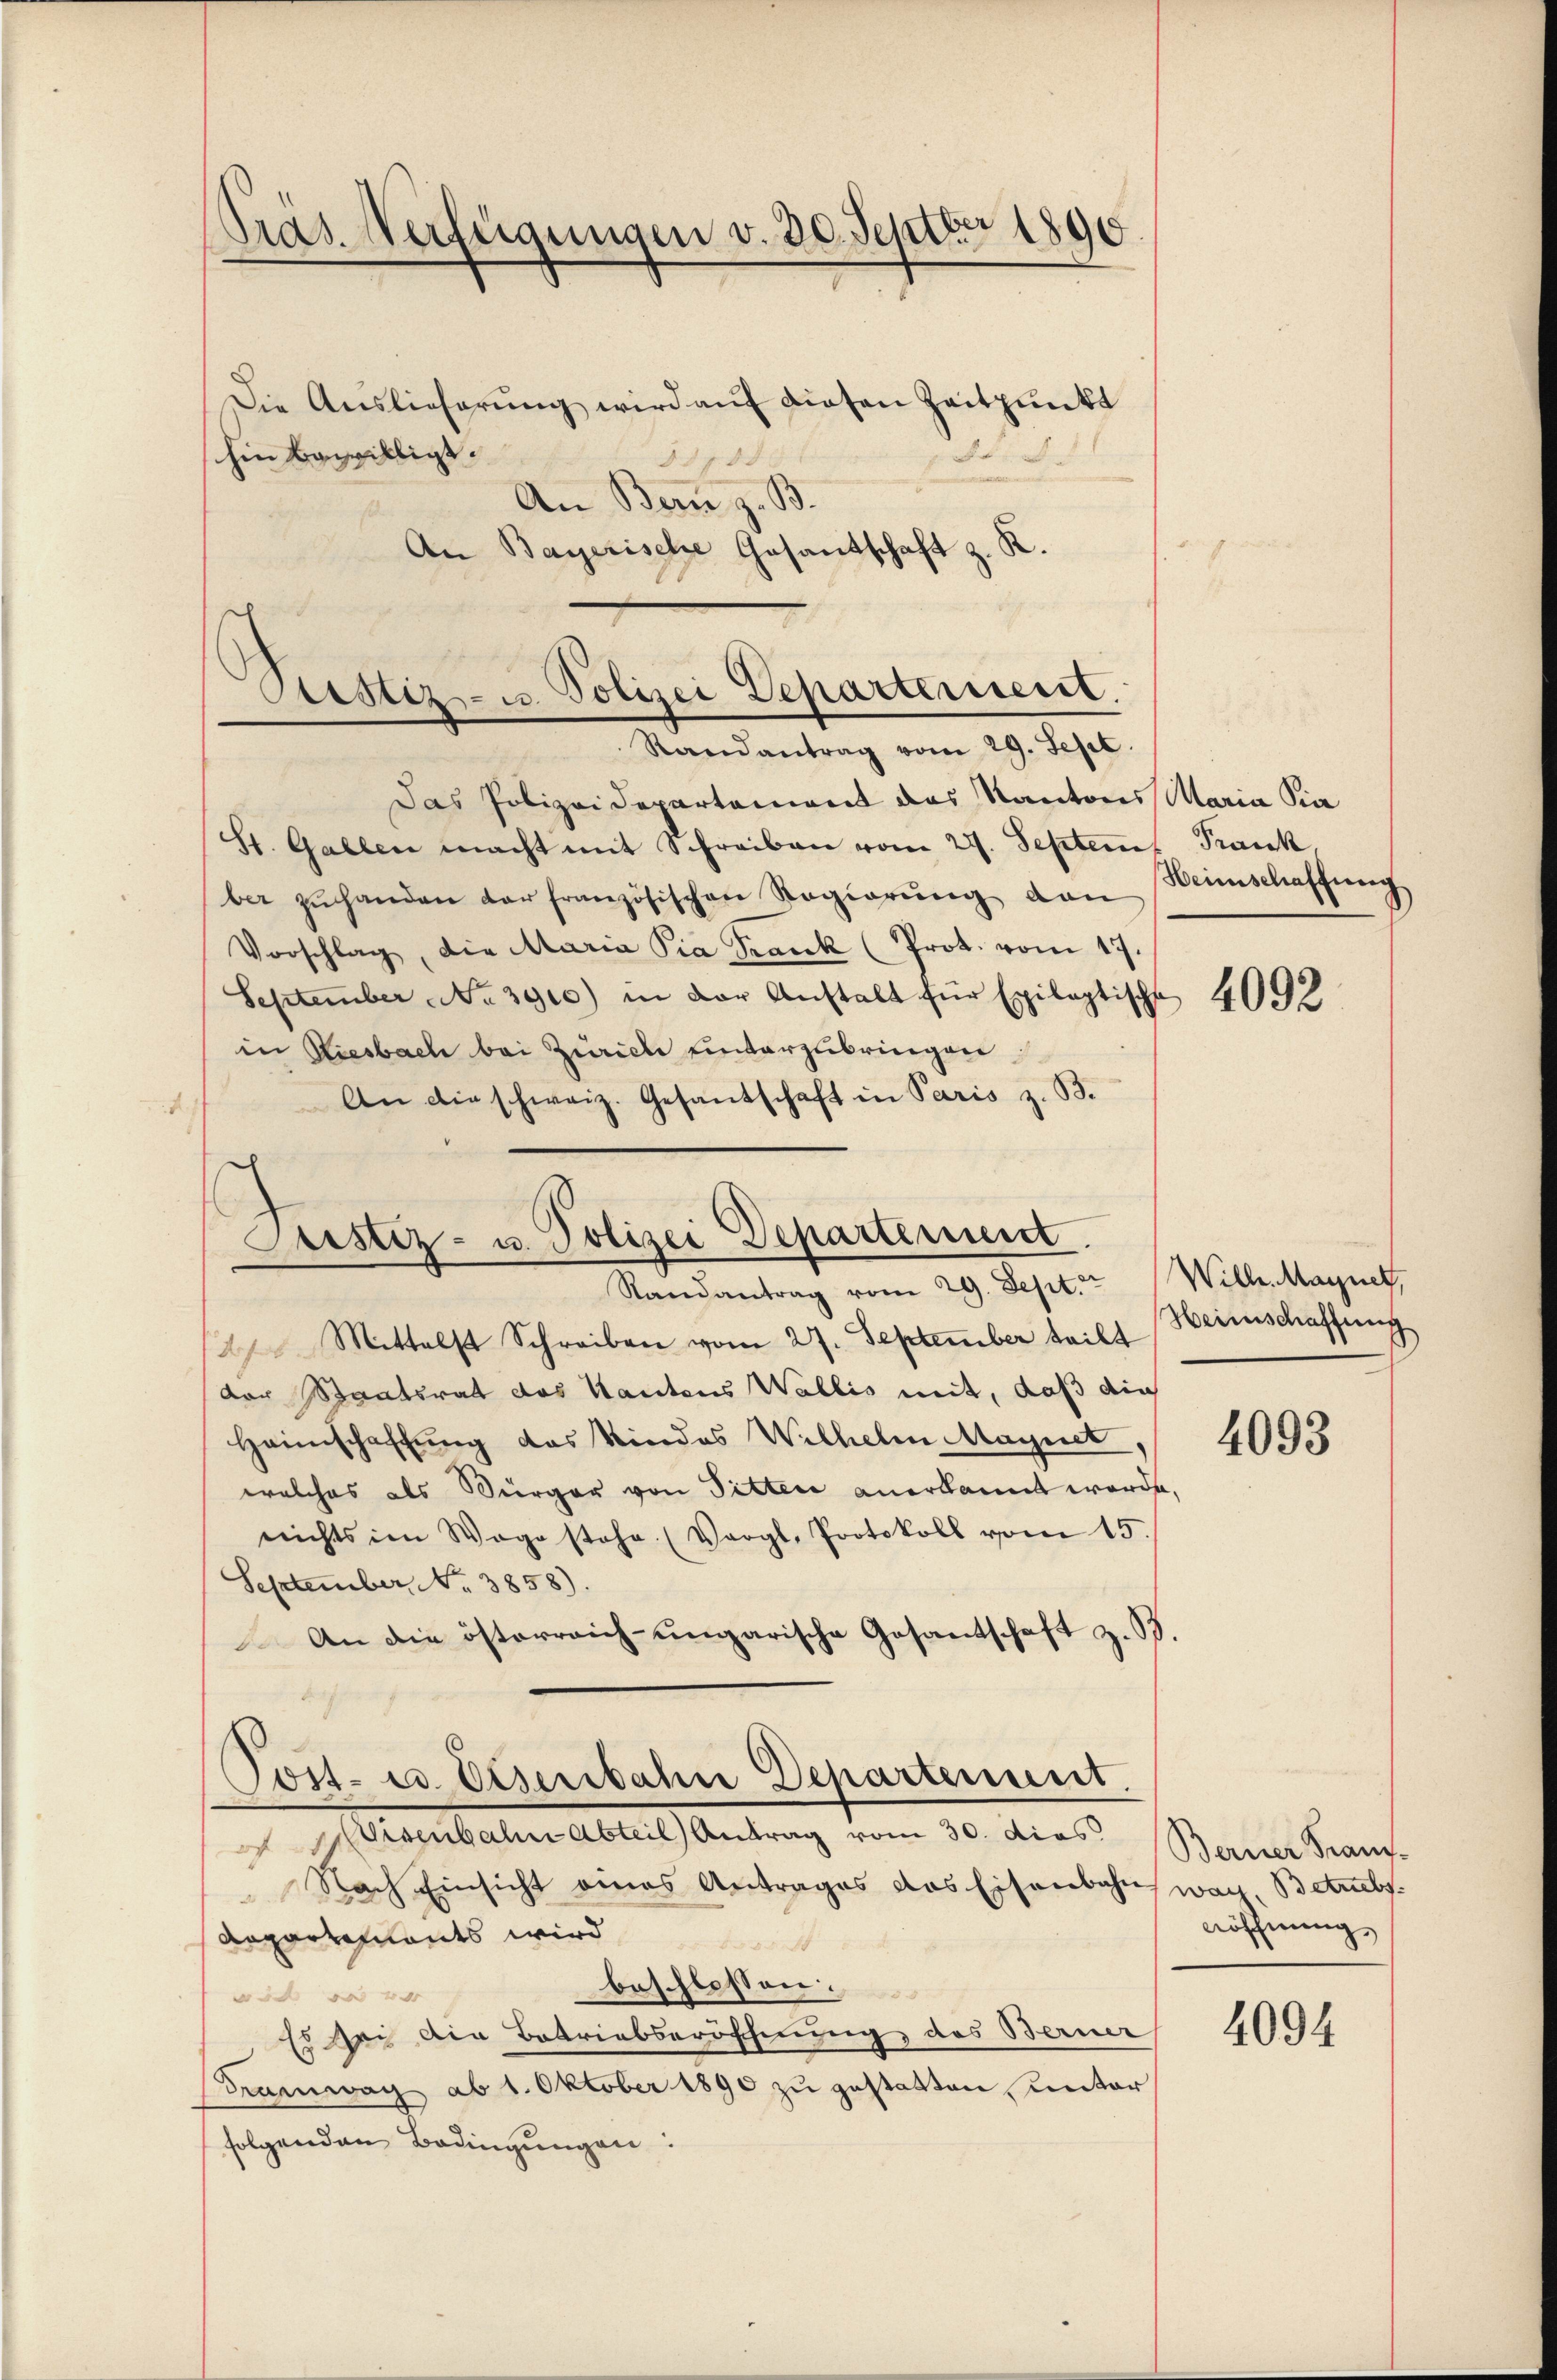
4

Präs. Verfügungen v. 30. Septbr 1890

Die Auslieferŭng wird auf diesen Zeitpunkt
shin bewilligt.
83 f. 58
u
An Bern z. B.
An Bayerische Gesantschaft z. R.

Stettiz- u. Polizei Departement.
Randantrag vom 29. Sept.

Justiz- u. Polizei Departement
Randantrag vom 29. Sept. Wilh. Maynet,

Das Polizei Departament das Kantons Maria Pia
St. Gallen macht mit Schreiben vom 27. Septem Frank,
ber zŭ handen der französischen Regierŭng von
Vorschlag, die Maria Pia Frank (Prot. vom 17.
September No 3910) in der Anstalt für Exilaptische
in Riesbach bei Zürich unterzubringen.
An die schweiz. Gesandschaft in Paris z. B.
 Mittelst Schreiben vom 27. September teilt Heimschaffung
der Staatsrat das Kantons Wallis mit, daß die
Heimschaffung das Kindes Wilhelm Magnet,
welches als Bürger von Pitter anerkannt werde,
nichts im Wage stehe. (Vergl. Protokoll vom 15.
September, No. 3858).
An die österreich-ungarische Gesantschaft z. B
tsch
Post- u. Eisenbahn Departement.
 disenbahn Abteil) Antrag vom 30. dies
Nach Einsicht eines Antrages das Eisenbahn
Repartements wird
beschlossen:
 4
Es sei die Betriebseröscherung, das Berner
Tramwag ab 1. Oktober 1890 zu gestatten, unter
folgenden Bedingungen:

Heimschaffung

4092

4093

Berner Franz-
wach, Betriebs
nöffnung

4094